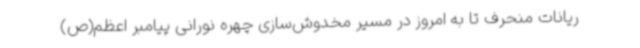
ریانات منحرف تا به امروز در مسیر مخدوش‌سازی چهره نورانی پیامبر اعظم(ص)